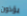
يؤذون